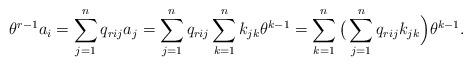
LaTeX: \begin{align*}\theta^{r-1}a_{i}=\sum_{j=1}^{n}q_{rij}a_{j}=\sum_{j=1}^{n}q_{rij}\sum_{k=1}^{n}k_{jk}\theta^{k-1}=\sum_{k=1}^{n}\big(\sum_{j=1}^{n}q_{rij}k_{jk}\Big)\theta^{k-1}.\end{align*}